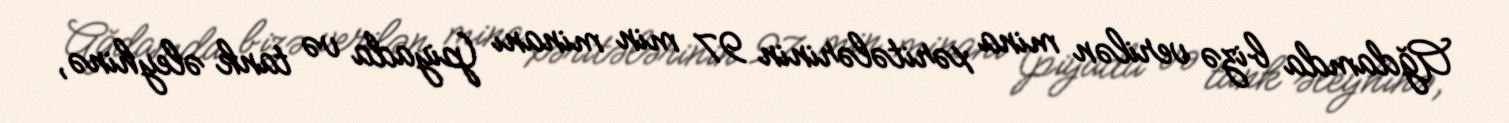
Ağdamda bizə verilən mina xəritələrinin 97 min minanı (piyada və tank əleyhinə,